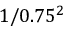
1 / 0 . 7 5 ^ { 2 }